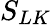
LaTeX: S_{LK}